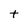
Character: t